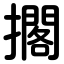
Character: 擱